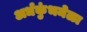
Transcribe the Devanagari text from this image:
अर्धकुंभमेळा